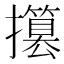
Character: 𢸥